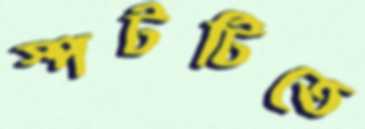
স্পটটিতে